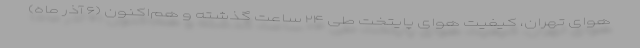
هوای تهران، کیفیت هوای پایتخت طی ۲۴ ساعت گذشته و هم‌اکنون (۶ آذر ماه)